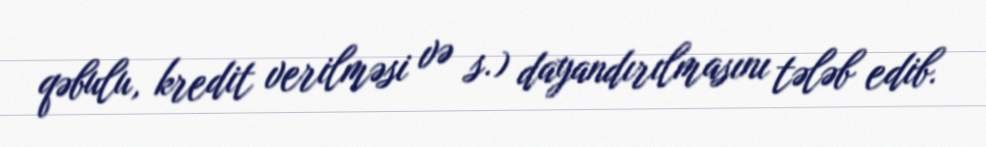
qəbulu, kredit verilməsi və s.) dayandırılmasını tələb edib.